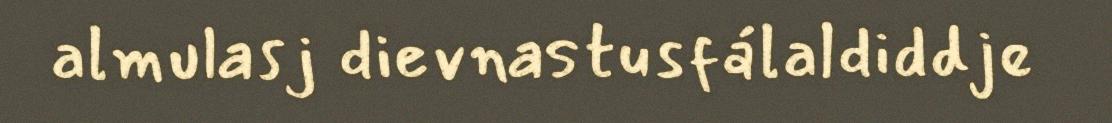
almulasj dievnastusfálaldiddje